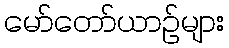
မော်တော်ယာဉ်များ